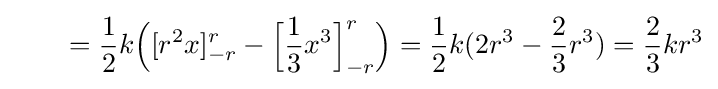
\qquad ={1 \over 2}k{\Big (}[r^{2}x]_{-r}^{r}-{\Big [}{1 \over 3}x^{3}{\Big ]}_{-r}^{r}{\Big )}={1 \over 2}k(2r^{3}-{2 \over 3}r^{3})={2 \over 3}kr^{3}